Report of the King Institute of Preventive Medicine, Guindy
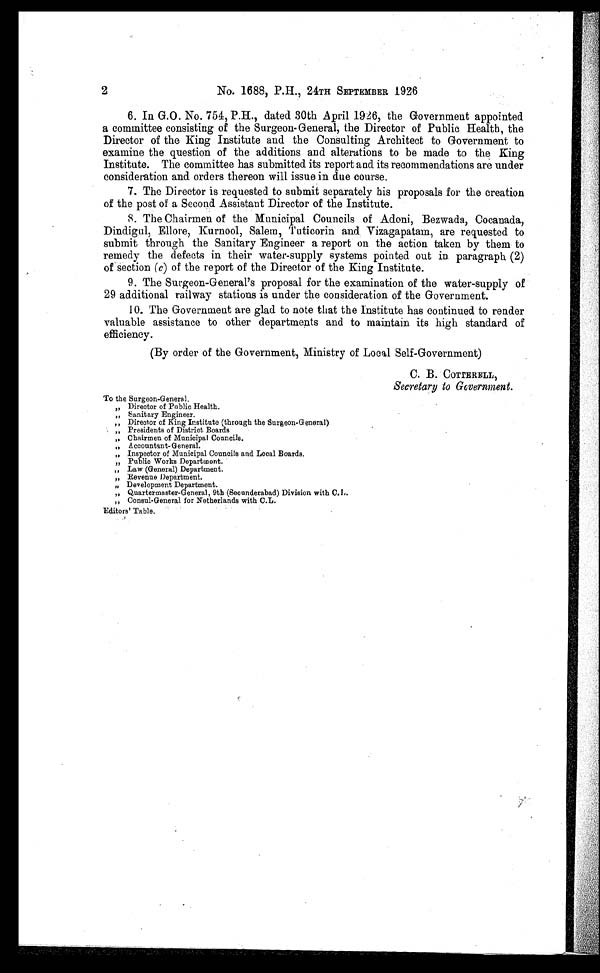
2
No. 1688, P.H., 24TH SEPTEMBER 1926
6. In G.O. No. 754, P.H., dated 30th April 1926, the Government appointed
a committee consisting of the Surgeon-General, the Director of Public Health, the
Director of the King Institute and the Consulting Architect to Government to
examine the question of the additions and alterations to be made to the King
Institute. The committee has submitted its report and its recommendations are under
consideration and orders thereon will issue in due course.
7. The Director is requested to submit separately his proposals for the creation
of the post of a Second Assistant Director of the Institute.
8. The Chairmen of the Municipal Councils of Adoni, Bezwada, Cocanada,
Dindigul, Ellore, Kurnool, Salem, Tuticorin and Vizagapatam, are requested to
submit through the Sanitary Engineer a report on the action taken by them to
remedy the defects in their water-supply systems pointed out in paragraph (2)
of section (c) of the report of the Director of the King Institute.
9. The Surgeon-General's proposal for the examination of the water-supply of
29 additional railway stations is under the consideration of the Government.
10. The Government are glad to note that the Institute has continued to render
valuable assistance to other departments and to maintain its high standard of
efficiency.
(By order of the Government, Ministry of Local Self-Government)
C. B. COTTERELL,
Secretary to Government.
To the Surgeon-General.
,, Director of Public Health.
„ Sanitary Engineer.
„ Director of King Institute (through the Surgeon-General)
,, Presidents of District Boards
, , C h a i r m e n o f M u n i c i p a l C o u n c i l s .
„ A ccountant- G eneral.
„ Inspector of Municipal Councils and Local Boards.
„ Public Works Department.
„
„ Law (General) Department.
„ Revenue Department.
Development Department.
„ Quartermaster-General, 9th (Secunderabad) Division with C.L.
„ Consul-General for Netherlands with C.L.
Editors' Table.